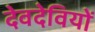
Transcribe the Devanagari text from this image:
देवदेवियों